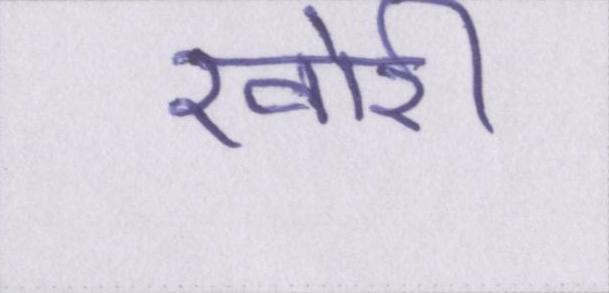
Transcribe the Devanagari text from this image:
खोरी